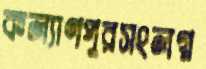
কল্যাণপুরসংলগ্ন